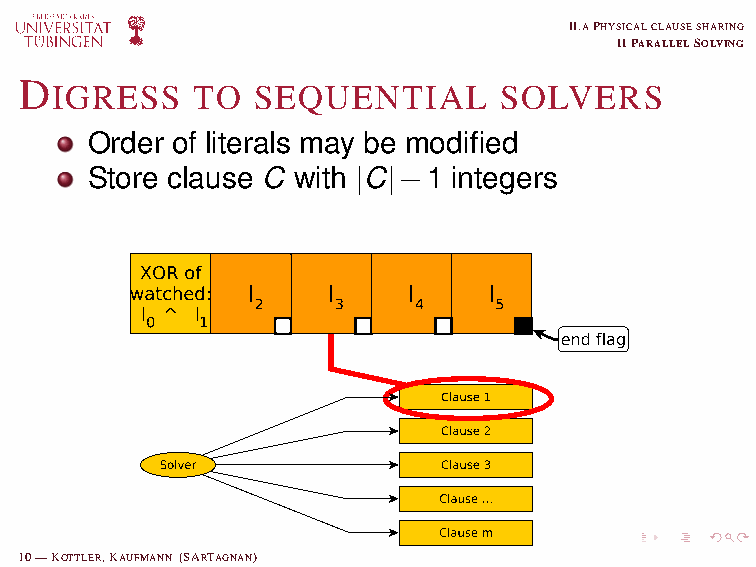
II.APHYSICALCLAUSESHARING
 IIPARALLELSOLVING
 D
 IGRESS    TO  SEQUENTIAL      SOLVERS
 Order of literals may be modified
 Store clause C with |C|−1 integers
 10—KOTTLER,KAUFMANN (SARTAGNAN)